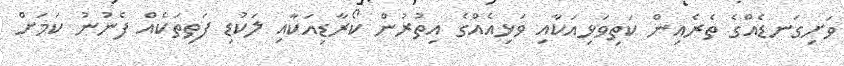
ވަށިގަނޑެއްގެ ތެރެއިން ކަތިވަޅިއަކާއި ވަޅިއެއްގެ އިތުރުން ކޯރާޑިއަކާއި ލަކުޑި ފަތިތަކެއް ފެނުނު ކަމަށް